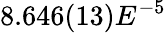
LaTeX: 8.646(13)E^{-5}